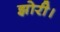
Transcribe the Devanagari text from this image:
झोरी।